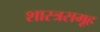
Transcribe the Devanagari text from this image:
शास्त्रसमूह